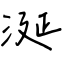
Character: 涎